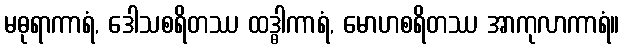
မဓုရာကာရံ, ဒေါသစရိတဿ ထဒ္ဓါကာရံ, မောဟစရိတဿ အာကုလာကာရံ။